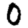
Digit: 0